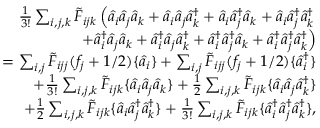
\begin{array} { r l r } & { } & { \frac { 1 } { 3 ! } \sum _ { i , j , k } \tilde { F } _ { i j k } \left( \hat { a } _ { i } \hat { a } _ { j } \hat { a } _ { k } + \hat { a } _ { i } \hat { a } _ { j } \hat { a } _ { k } ^ { \dagger } + \hat { a } _ { i } \hat { a } _ { j } ^ { \dagger } \hat { a } _ { k } + \hat { a } _ { i } \hat { a } _ { j } ^ { \dagger } \hat { a } _ { k } ^ { \dagger } \right. } \\ & { } & { \left. + \hat { a } _ { i } ^ { \dagger } \hat { a } _ { j } \hat { a } _ { k } + \hat { a } _ { i } ^ { \dagger } \hat { a } _ { j } \hat { a } _ { k } ^ { \dagger } + \hat { a } _ { i } ^ { \dagger } \hat { a } _ { j } ^ { \dagger } \hat { a } _ { k } + \hat { a } _ { i } ^ { \dagger } \hat { a } _ { j } ^ { \dagger } \hat { a } _ { k } ^ { \dagger } \right) } \\ & { } & { = \sum _ { i , j } \tilde { F } _ { i j j } ( f _ { j } + 1 / 2 ) \{ \hat { a } _ { i } \} + \sum _ { i , j } \tilde { F } _ { i j j } ( f _ { j } + 1 / 2 ) \{ \hat { a } _ { i } ^ { \dagger } \} } \\ & { } & { + \frac { 1 } { 3 ! } \sum _ { i , j , k } \tilde { F } _ { i j k } \{ \hat { a } _ { i } \hat { a } _ { j } \hat { a } _ { k } \} + \frac { 1 } { 2 } \sum _ { i , j , k } \tilde { F } _ { i j k } \{ \hat { a } _ { i } \hat { a } _ { j } \hat { a } _ { k } ^ { \dagger } \} } \\ & { } & { + \frac { 1 } { 2 } \sum _ { i , j , k } \tilde { F } _ { i j k } \{ \hat { a } _ { i } \hat { a } _ { j } ^ { \dagger } \hat { a } _ { k } ^ { \dagger } \} + \frac { 1 } { 3 ! } \sum _ { i , j , k } \tilde { F } _ { i j k } \{ \hat { a } _ { i } ^ { \dagger } \hat { a } _ { j } ^ { \dagger } \hat { a } _ { k } ^ { \dagger } \} , } \end{array}